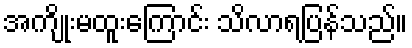
အကျိုးမထူးကြောင်း သိလာရပြန်သည်။